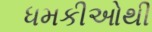
ધમકીઓથી